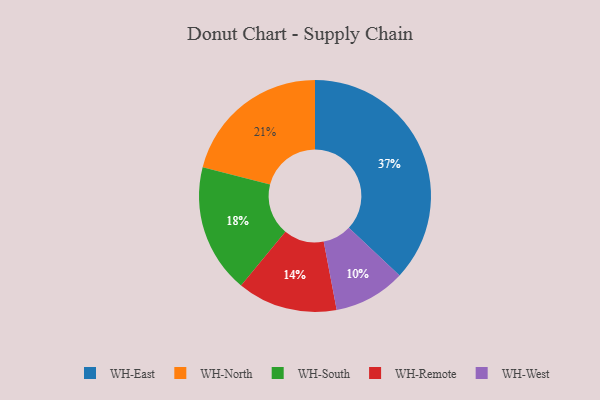
{"axis": {"x": "Category", "y": "Percentage"}, "legend": ["WH-East", "WH-North", "WH-Remote", "WH-South", "WH-West"], "data": [{"x": "WH-Remote", "y": 14, "type": "WH-Remote"}, {"x": "WH-North", "y": 21, "type": "WH-North"}, {"x": "WH-East", "y": 37, "type": "WH-East"}, {"x": "WH-South", "y": 18, "type": "WH-South"}, {"x": "WH-West", "y": 10, "type": "WH-West"}]}